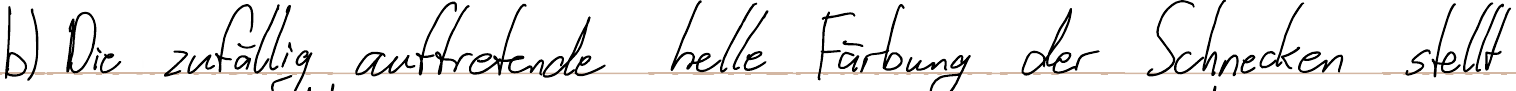
b) Die zufällig auftretende helle Färbung der Schnecken stellt